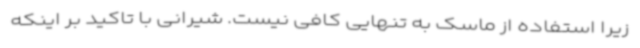
زیرا استفاده از ماسک به تنهایی کافی نیست. شیرانی با تاکید بر اینکه